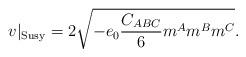
LaTeX: \begin{align*}v|_{{\rm Susy}}=2\sqrt{-e_0{C_{ABC}\over 6}m^Am^Bm^C}.\end{align*}